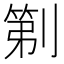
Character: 𫦒